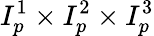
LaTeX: I_{p}^{1}\times I_{p}^{2}\times I_{p}^{3}